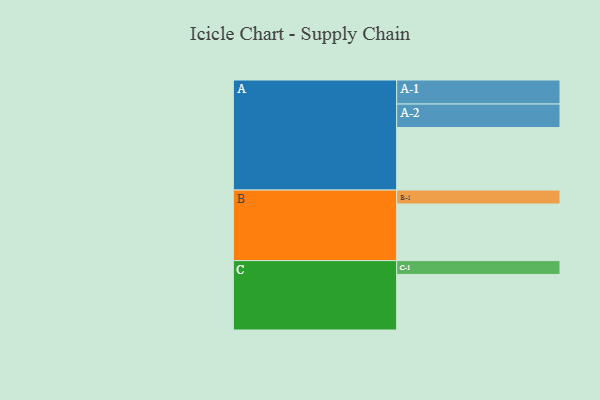
{"axis": {"x": "Segment", "y": "Value"}, "legend": ["", "A", "B", "C"], "data": [{"x": "A", "y": 484, "type": ""}, {"x": "B", "y": 438, "type": ""}, {"x": "C", "y": 430, "type": ""}, {"x": "A-1", "y": 186, "type": "A"}, {"x": "A-2", "y": 182, "type": "A"}, {"x": "B-1", "y": 108, "type": "B"}, {"x": "C-1", "y": 107, "type": "C"}]}